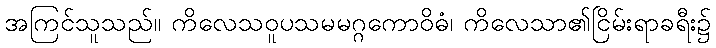
အကြင်သူသည်။ ကိလေသဝူပသမမဂ္ဂကောဝိဓံ၊ ကိလေသာ၏ငြိမ်းရာခရီး၌